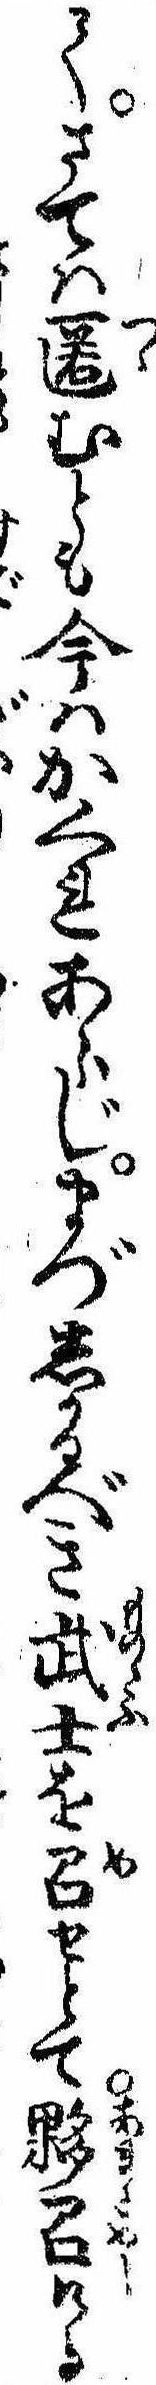
てさては匿むとも今はかくれあらじまづしかるべき武士を召せとて夥召ける